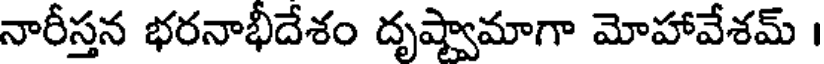
నారీస్తన భరనాభీదేశం దృష్వామాగా మోహావేశమ్ ।